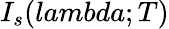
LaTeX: I_{s}(lambda;T)